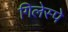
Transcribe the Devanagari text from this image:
गिलेस्पे